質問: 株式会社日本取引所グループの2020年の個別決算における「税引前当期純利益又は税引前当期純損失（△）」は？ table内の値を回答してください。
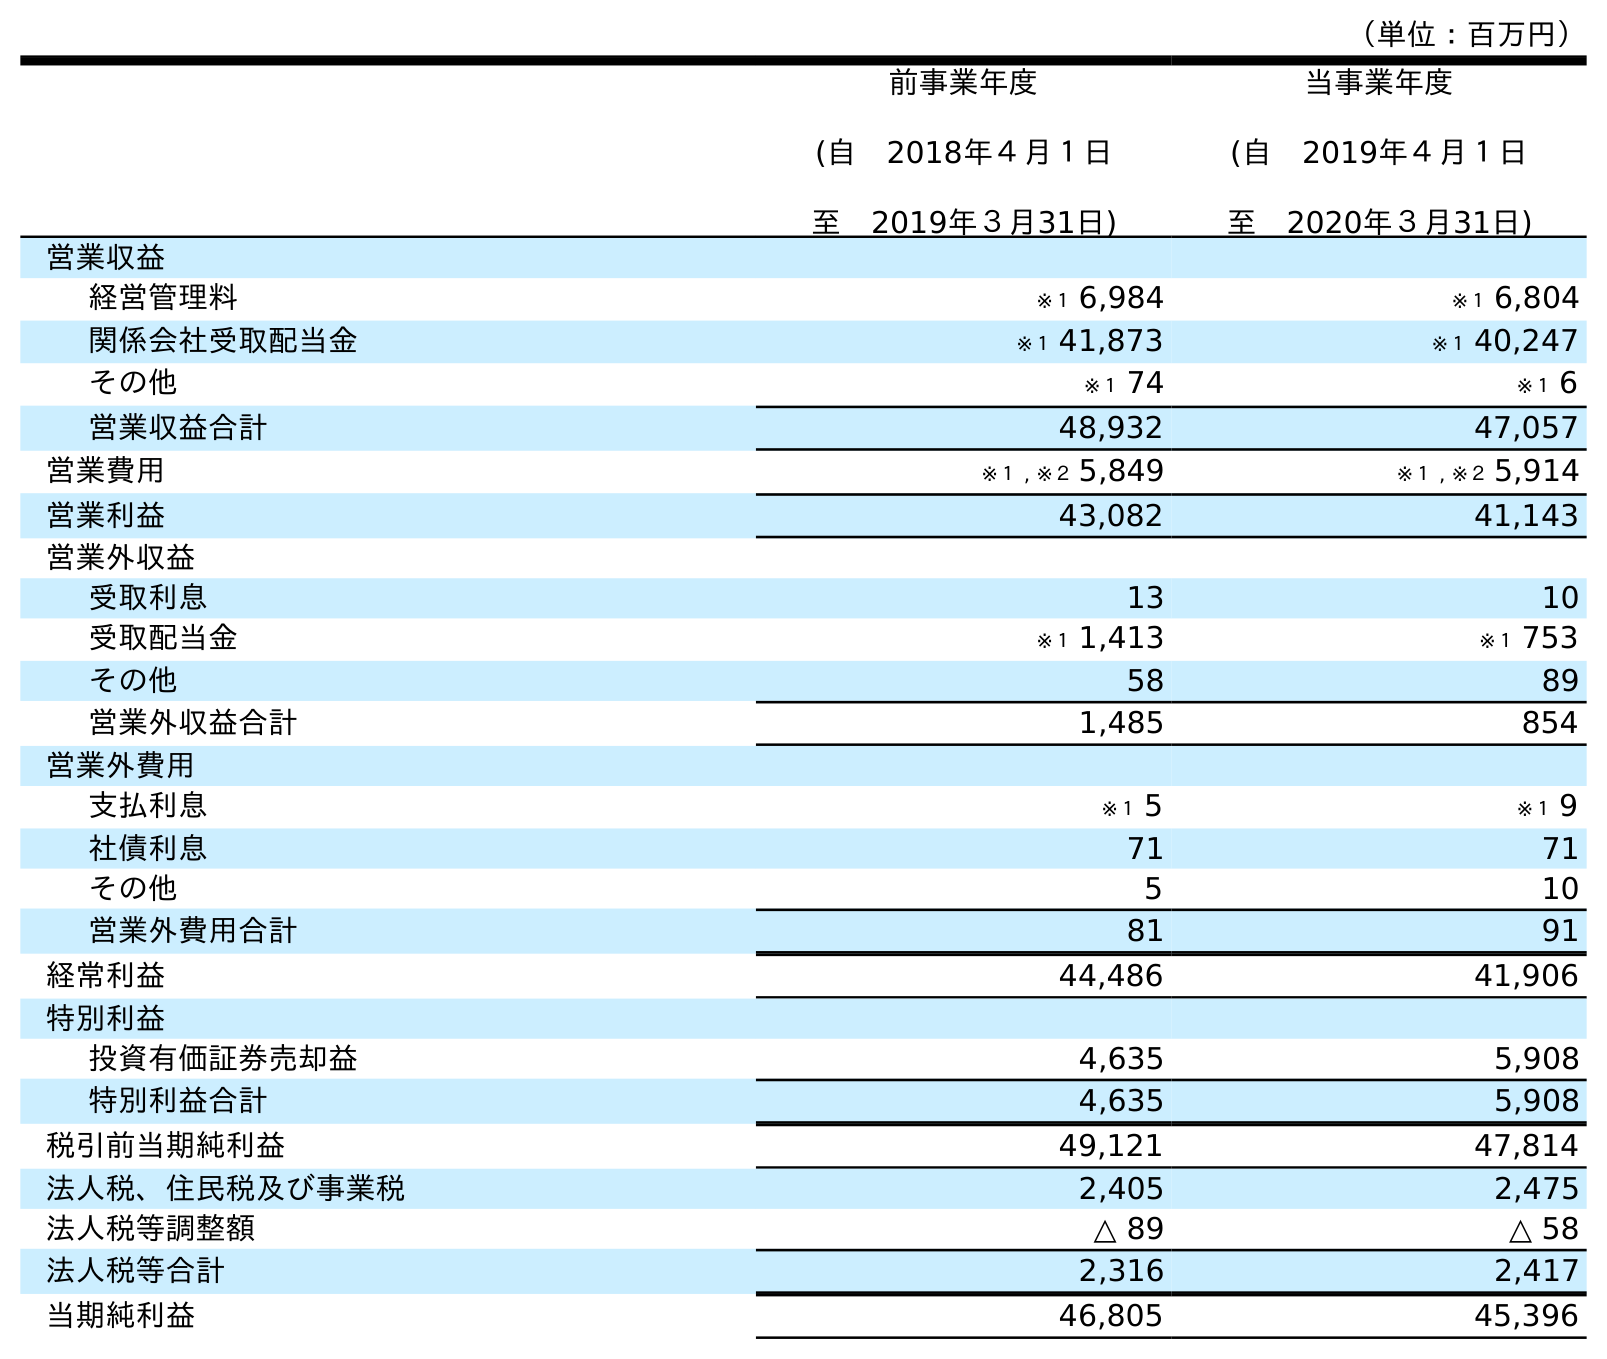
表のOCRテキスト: （単位：百万円） 前事業年度 (自 2018年４月１日 至 2019年３月31日) 当事業年度 (自 2019年４月１日 至 2020年３月31日) 営業収益 経営管理料 ※１ 6,984 ※１ 6,804 関係会社受取配当金 ※１ 41,873 ※１ 40,247 その他 ※１ 74 ※１ 6 営業収益合計 48,932 47,057 営業費用 ※１ , ※２ 5,849 ※１ , ※２ 5,914 営業利益 43,082 41,143 営業外収益 受取利息 13 10 受取配当金 ※１ 1,413 ※１ 753 その他 58 89 営業外収益合計 1,485 854 営業外費用 支払利息 ※１ 5 ※１ 9 社債利息 71 71 その他 5 10 営業外費用合計 81 91 経常利益 44,486 41,906 特別利益 投資有価証券売却益 4,635 5,908 特別利益合計 4,635 5,908 税引前当期純利益 49,121 47,814 法人税、住民税及び事業税 2,405 2,475 法人税等調整額 △ 89 △ 58 法人税等合計 2,316 2,417 当期純利益 46,805 45,396
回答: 47,814